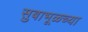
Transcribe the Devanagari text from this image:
सुबाभूळच्या